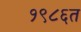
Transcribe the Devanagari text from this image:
१९८६त